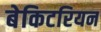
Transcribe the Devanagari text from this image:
बेकिटरियन